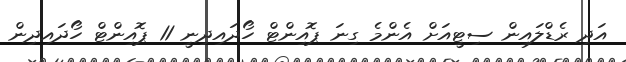
އަދި ރެޑްލައިން ސިޓީއަށް އެންމެ ގިނަ ޕޮއިންޓް ހޯދައިދިނީ 11 ޕޮއިންޓް ހޯދައިދިން